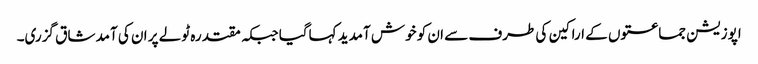
اپوزیشن جماعتوں کے اراکین کی طرف سے ان کو خوش آمدید کہاگیا جبکہ مقتدرہ ٹولے پر ان کی آمد شاق گزری۔